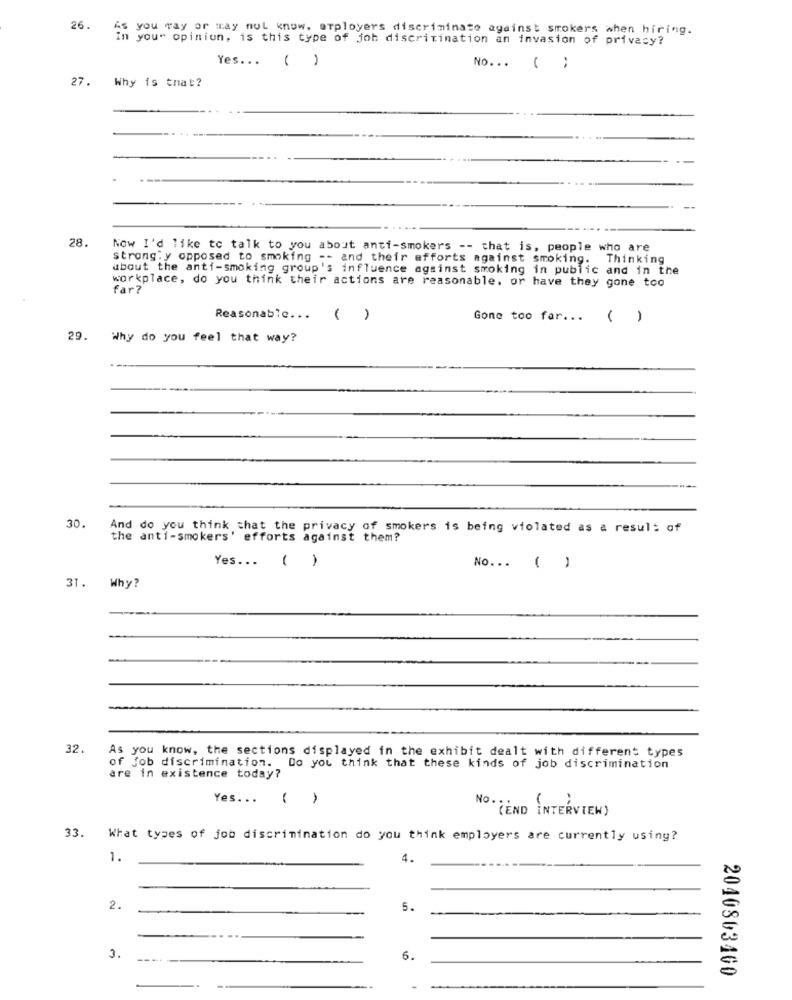
26. As you way or tray nul know, arployers discriminate against smokers when hiring.
In your opinion, is this type of joh discritination an invasion of privacy?
Yes ... ( )
No ... ( ;
27. Why is that?
28.
Now I'd like to talk to you about anti-smokers -- that is, people who are
strong: y opposed to smoking -- and their efforts against smoking. Thinking
about the anti-smoking group's influence against smoking in public and in the
workplace, do you think their actions are reasonable, or have they gone too
far?
Reasonable ...
( )
Gone too far ... ( )
29.
Why do you feel that way?
30.
And do you think that the privacy of smokers is being violated as a result of
the anti-smokers' efforts against them?
Yes ... ( )
No ... ( )
31. Why?
32.
As you know, the sections displayed in the exhibit dealt with different types
of job discrimination. Do you think that these kinds of job discrimination
are in existence today?
Yes. ..
( )
NO. "END INTERVIEW)
33.
What types of job discrimination do you think employers are currently using?
1.
4.
2.
5.
3.
6.
2040803400